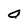
Character: a